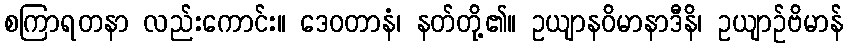
စကြာရတနာ လည်းကောင်း။ ဒေဝတာနံ၊ နတ်တို့၏။ ဥယျာနဝိမာနာဒီနိ၊ ဥယျာဉ်ဗိမာန်